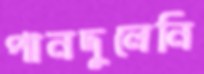
পানদুলেনি